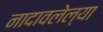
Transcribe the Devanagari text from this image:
नादावलेल्या